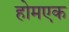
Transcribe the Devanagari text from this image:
होमएक